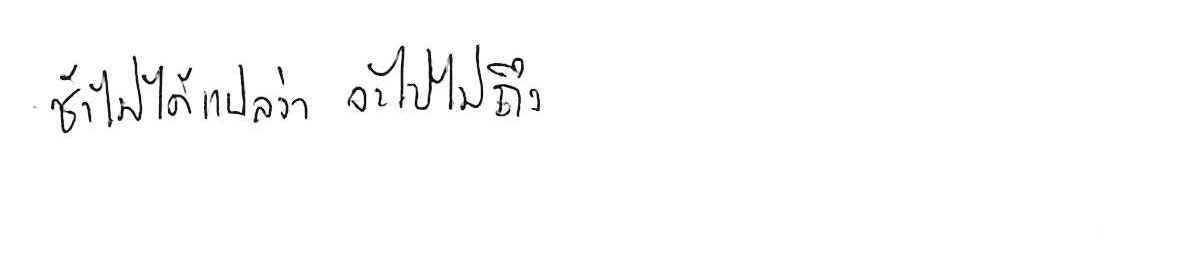
ช้า ไม่ได้แปลว่า จะไปไม่ถึง